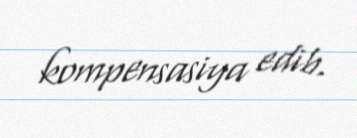
kompensasiya edib.